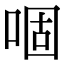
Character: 𠴱